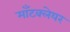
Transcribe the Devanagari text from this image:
माँटक्लेयर